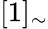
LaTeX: [1]_{\sim}